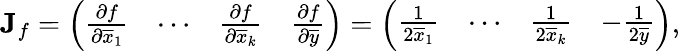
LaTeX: \mathbf{J}_{f}=\left(\begin{array}{llll}{\frac{\partial f}{\partial\overline{{x}}_{1}}}&{\cdots}&{\frac{\partial f}{\partial\overline{{x}}_{k}}}&{\frac{\partial f}{\partial\overline{{y}}}}\end{array}\right)=\left(\begin{array}{llll}{\frac{1}{2\overline{{x}}_{1}}}&{\cdots}&{\frac{1}{2\overline{{x}}_{k}}}&{-\frac{1}{2\overline{{y}}}}\end{array}\right),